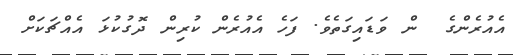
އެއުރެންގެ  ން ވަޑައިގަތެވެ. ފަހެ އެއުރެން ކުރިން ދޮގުކުޅަ އެއްޗަކަށް